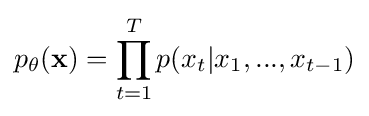
p_{\theta }(\mathbf {x} )=\prod _{t=1}^{T}p(x_{t}|x_{1},...,x_{t-1})